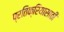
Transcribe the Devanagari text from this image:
प्रतिक्रियासाठी